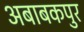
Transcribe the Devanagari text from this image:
अबाबकपुर